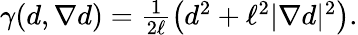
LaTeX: \begin{array}{r}{\gamma(d,\nabla d)=\frac{1}{2\ell}\left(d^{2}+\ell^{2}|\nabla d|^{2}\right).}\end{array}